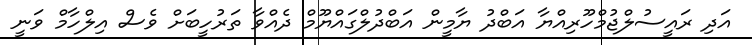
އަދި ރައީސުލްޖުމްހޫރިއްޔާ އަބްދު ޔާމީން އަބްދުލްގައްޔޫމް ދެއްވާ ތަރުހީބަށް ވެސް އިލްހާމް ވަނީ